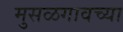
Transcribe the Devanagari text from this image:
मुसळगावच्या